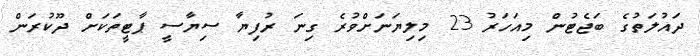
ދައުލަތުގެ ބަޖެޓުން މިއަހަރު 23 މިލިޔަނަށްވުރެ ގިނަ ރުފިޔާ ސިޔާސީ ޕާޓީތަކަށް ދޫކުރަން